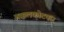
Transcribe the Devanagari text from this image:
अक्कलकोटकर